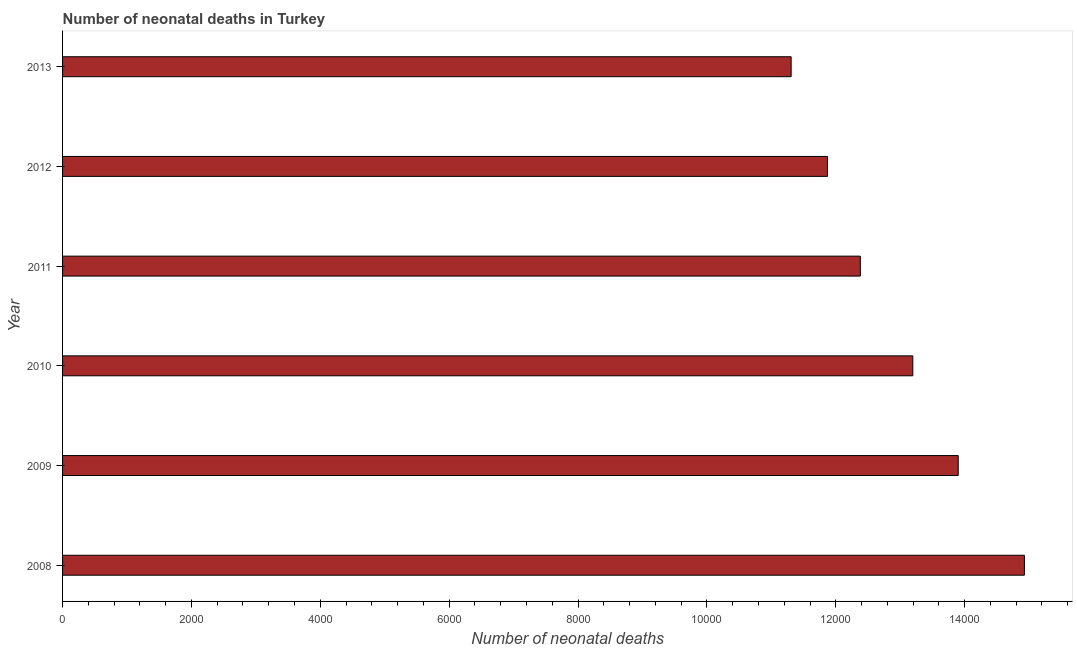
| Year | Neonatal deaths |
 | --- | --- |
 | 2008 | 1.49e+04 |
 | 2009 | 1.39e+04 |
 | 2010 | 1.32e+04 |
 | 2011 | 1.24e+04 |
 | 2012 | 1.19e+04 |
 | 2013 | 1.13e+04 |